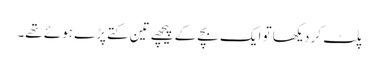
پلٹ کر دیکھا تو ایک بچے کے پیچھے تین کتے پڑے ہوئے تھے۔